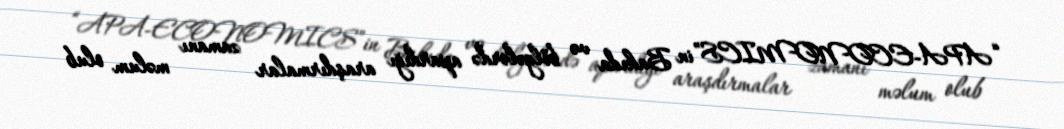
“APA-ECONOMICS”in Bakıda və bölgələrdə apardığı araşdırmalar zamanı məlum olub